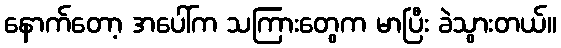
နောက်တော့ အပေါ်က သကြားတွေက မာပြီး ခဲသွားတယ်။